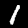
Label: 1